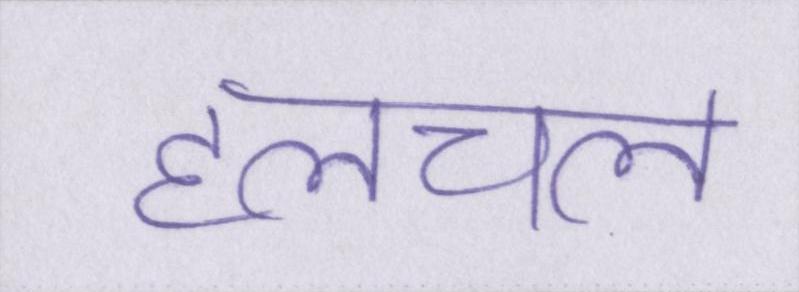
हलचल